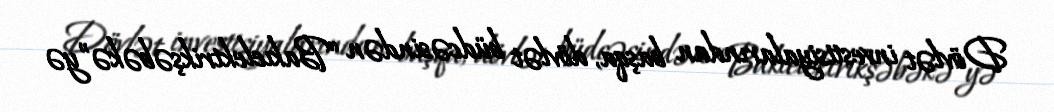
Dövlət investisiyalarından başqa, dövlət büdcəsindən “Bakıelektrikşəbəkə”yə